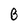
Character: B